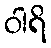
ဝါရိ